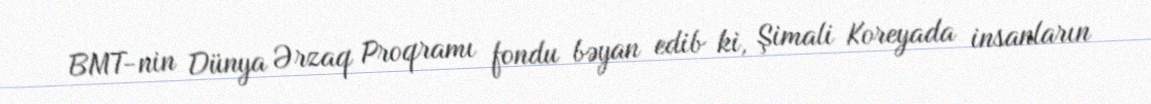
BMT-nin Dünya Ərzaq Proqramı fondu bəyan edib ki, Şimali Koreyada insanların